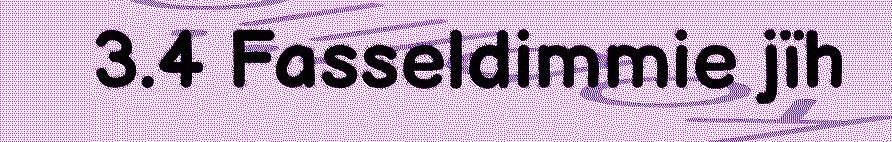
3.4 Fasseldimmie jïh